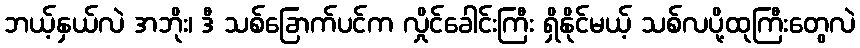
ဘယ့်နှယ်လဲ အဘိုး၊ ဒီ သစ်ခြောက်ပင်က လှိုင်ခေါင်းကြီး ရှိနိုင်မယ့် သစ်လပို့ထုကြီးတွေလဲ